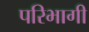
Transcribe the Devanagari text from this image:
परिभागी